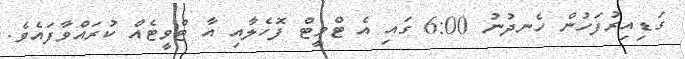
ގަޑިއިރުފަހުން ހެނދުނު 6:00 ގައި އެ ޓްވީޓް ފޮހެލާއި އާ ޓްވީޓެއް ކުރައްވާފައެވެ.